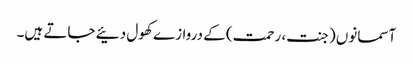
آسمانوں (جنت، رحمت) کے دروازے کھول دئیے جاتے ہیں۔